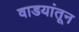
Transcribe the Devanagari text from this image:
वाडयांतून